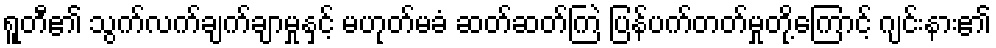
ရူတီ၏ သွက်လက်ချက်ချာမှုနှင့် မဟုတ်မခံ ဆတ်ဆတ်ကြဲ ပြန်ပက်တတ်မှုတို့ကြောင့် ဂျင်းနား၏